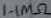
Text: 1.1MΩ